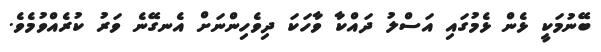
ބޭނުމަކީ ޅެން ޅެމުގައި އަސްލު ދައްކާ ވާހަކަ ދިވެހިންނަށް އެނގޭނެ ވަރު ކުރެއްވުމެވެ.